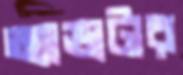
অ্যাভাটার